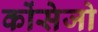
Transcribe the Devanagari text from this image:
कोंसेजो